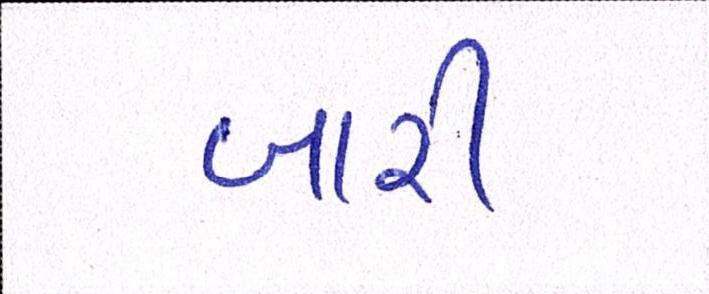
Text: બારી